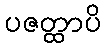
ပဇတ္ထာပိ